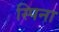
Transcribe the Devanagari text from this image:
स्पिना